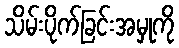
သိမ်းပိုက်ခြင်းအမှုကို